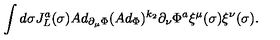
\int d \sigma J _ { L } ^ { a } ( \sigma ) A d _ { \partial _ { \mu } \Phi } ( A d _ { \Phi } ) ^ { k _ { 2 } } \partial _ { \nu } \Phi ^ { a } \xi ^ { \mu } ( \sigma ) \xi ^ { \nu } ( \sigma ) .